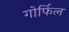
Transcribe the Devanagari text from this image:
गोर्फिल